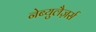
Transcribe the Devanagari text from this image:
नेब्युलैज़र्स